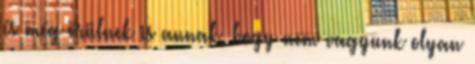
és még örülnek is annak, hogy nem vagyunk olyan